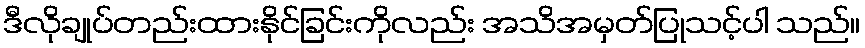
ဒီလိုချုပ်တည်းထားနိုင်ခြင်းကိုလည်း အသိအမှတ်ပြုသင့်ပါ သည်။